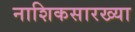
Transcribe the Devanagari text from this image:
नाशिकसारख्या